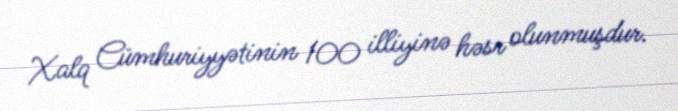
Xalq Cümhuriyyətinin 100 illiyinə həsr olunmuşdur.